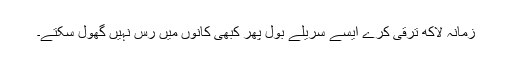
زمانہ لاکھ ترقی کرے ایسے سریلے بول پھر کبھی کانوں میں رس نہیں گھول سکتے۔